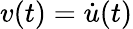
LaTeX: v(t)=\dot{u}(t)